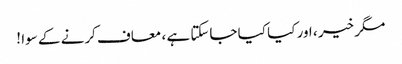
مگر خیر ، اور کیا کیا جاسکتا ہے ، معاف کرنے کے سوا !